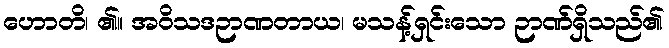
ဟောတိ၊ ၏။ အဝိသဒဉာဏတာယ၊ မသန့်ရှင်းသော ဉာဏ်ရှိသည်၏